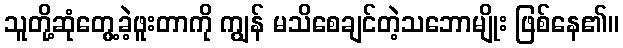
သူတို့ဆုံတွေ့ခဲ့ဖူးတာကို ကျွန် မသိစေချင်တဲ့သဘောမျိုး ဖြစ်နေ၏။